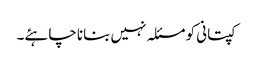
کپتانی کو مسئلہ نہیں بنانا چاہئے۔